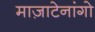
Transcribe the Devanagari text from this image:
माज़ाटेनांगो